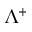
\Lambda ^ { + }